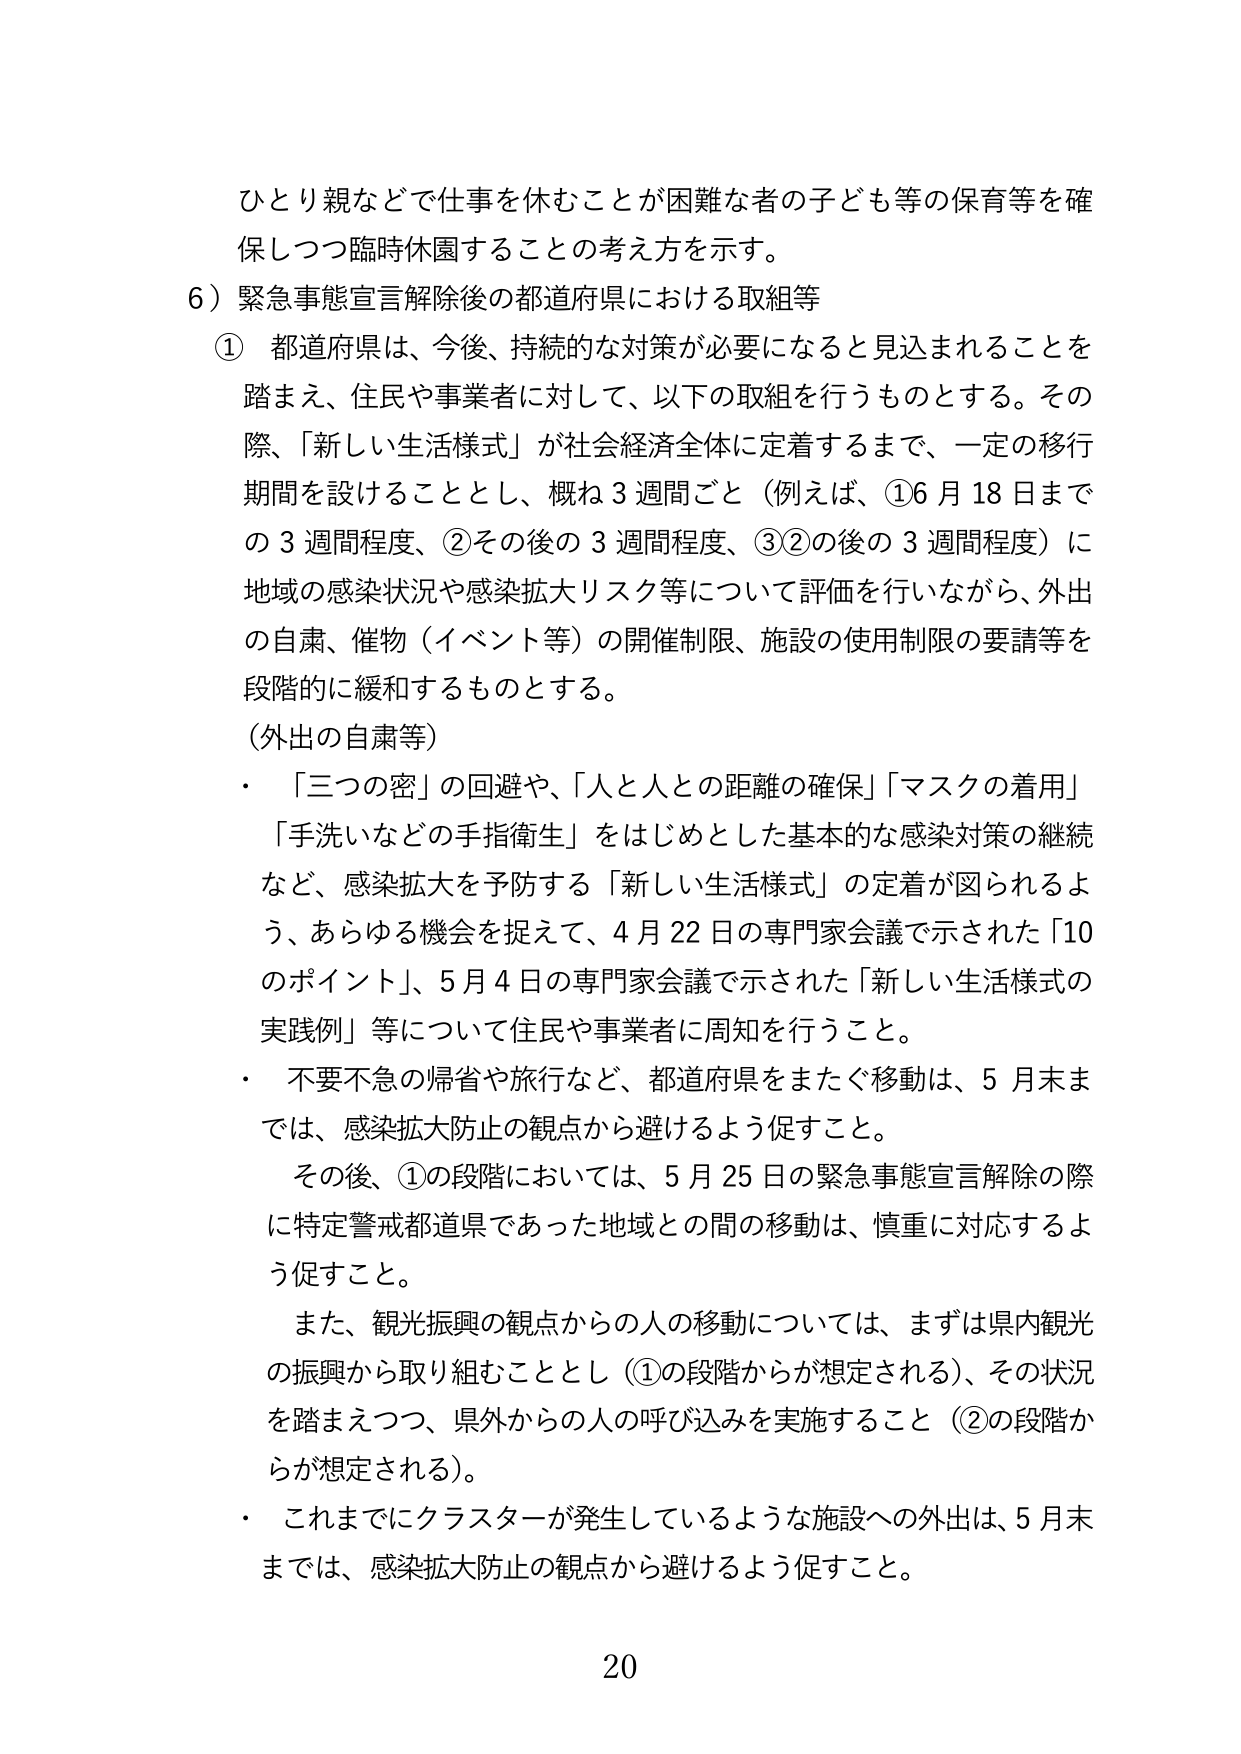
ひとり親などで仕事を休むことが困難な者の子ども等の保育等を確保しつつ臨時休園することの考え方を示す。

6）緊急事態宣言解除後の都道府県における取組等

① 都道府県は、今後、持続的な対策が必要になると見込まれることを踏まえ、住民や事業者に対して、以下の取組を行うものとする。その際、「新しい生活様式」が社会経済全体に定着するまで、一定の移行期間を設けることとし、概ね3週間ごと（例えば、①6月18日までの3週間程度、②その後の3週間程度、③②の後の3週間程度）に地域の感染状況や感染拡大リスク等について評価を行いながら、外出の自粛、催物（イベント等）の開催制限、施設の使用制限の要請等を段階的に緩和するものとする。

（外出の自粛等）
・ 「三つの密」の回避や、「人と人との距離の確保」「マスクの着用」「手洗いなどの手指衛生」をはじめとした基本的な感染対策の継続など、感染拡大を予防する「新しい生活様式」の定着が図られるよう、あらゆる機会を捉えて、4月22日の専門家会議で示された「10のポイント」、5月4日の専門家会議で示された「新しい生活様式の実践例」等について住民や事業者に周知を行うこと。
・ 不要不急の帰省や旅行など、都道府県をまたぐ移動は、5月末までは、感染拡大防止の観点から避けるよう促すこと。
　その後、①の段階においては、5月25日の緊急事態宣言解除の際に特定警戒都道県であった地域との間の移動は、慎重に対応するよう促すこと。
　また、観光振興の観点から人の移動については、まずは県内観光の振興から取り組むこととし（①の段階からが想定される）、その状況を踏まえつつ、県外からの人の呼び込みを実施すること（②の段階からが想定される）。
・ これまでにクラスターが発生しているような施設への外出は、5月末までは、感染拡大防止の観点から避けるよう促すこと。

20